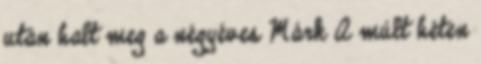
után halt meg a négyéves Márk A múlt héten